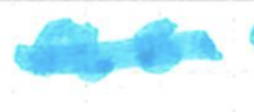
Text: as
Cross-out: single-line
Writing tool: marker